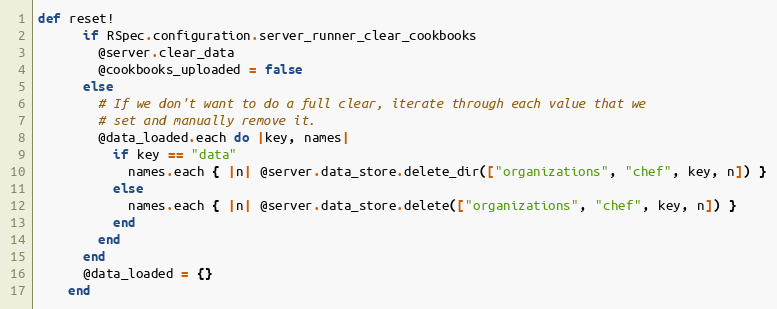
Language: Ruby
def reset!
      if RSpec.configuration.server_runner_clear_cookbooks
        @server.clear_data
        @cookbooks_uploaded = false
      else
        # If we don't want to do a full clear, iterate through each value that we
        # set and manually remove it.
        @data_loaded.each do |key, names|
          if key == "data"
            names.each { |n| @server.data_store.delete_dir(["organizations", "chef", key, n]) }
          else
            names.each { |n| @server.data_store.delete(["organizations", "chef", key, n]) }
          end
        end
      end
      @data_loaded = {}
    end